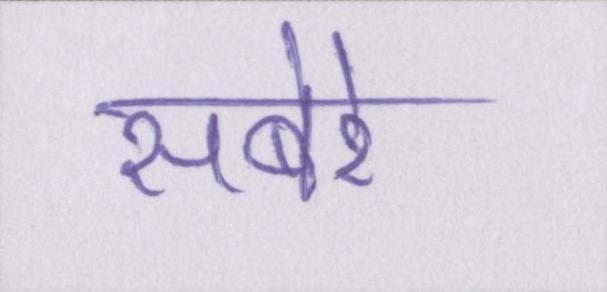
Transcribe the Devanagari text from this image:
सबेरे